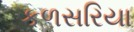
કળસરિયા